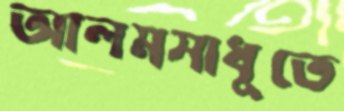
আলমসাধুতে